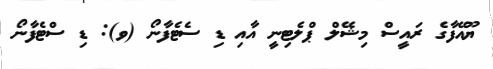
ޔޫއޭފާގެ ރައީސް މިޝޭލް ޕްލެޓިނީ އާއި ޑި ސެޓެފާނޯ (ވ): ޑި ސްޓެފާނޯ